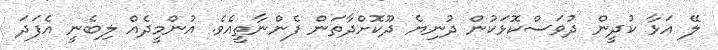
ލޭ އަޅާ ކުދީން ދުވަސްކޮޅަކުން ދުނިޔެ ދޫކޮށްދާތަން ފެންނާތީއެވެ. އުންމީދެއް ލިބެނީ އެފަދަ